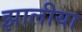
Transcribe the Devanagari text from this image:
झालीया